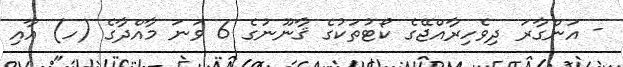
- އަންގާރަ ދިވެހިރާއްޖޭގެ ކޯޓުތަކުގެ ޤާނޫނުގެ 6 ވަނަ މާއްދާގެ (ހ) އާއި